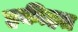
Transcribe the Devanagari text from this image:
हकीहत